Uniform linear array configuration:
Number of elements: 48
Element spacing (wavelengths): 0.25
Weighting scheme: kaiser
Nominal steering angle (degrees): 0
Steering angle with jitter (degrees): -1.729
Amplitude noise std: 0.05
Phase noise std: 0.05

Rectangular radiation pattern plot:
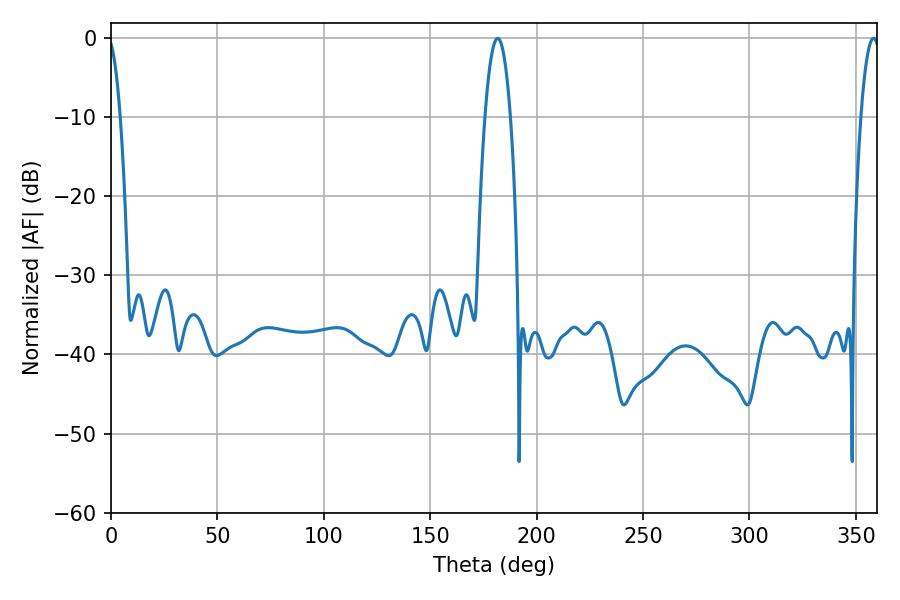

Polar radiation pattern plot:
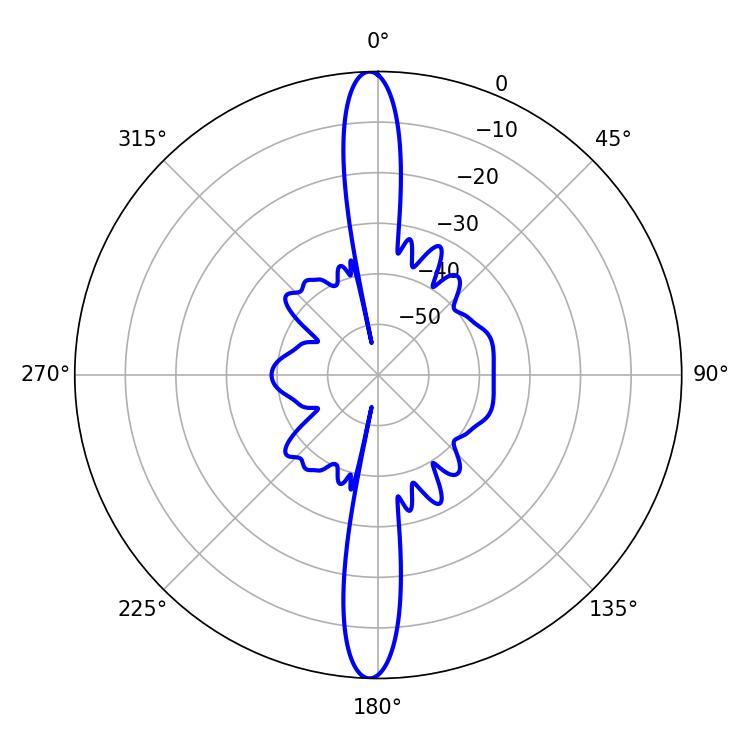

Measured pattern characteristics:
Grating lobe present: FALSE
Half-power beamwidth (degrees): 6.66
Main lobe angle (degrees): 181.62